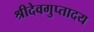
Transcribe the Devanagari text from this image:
श्रीदेवगुप्तादय